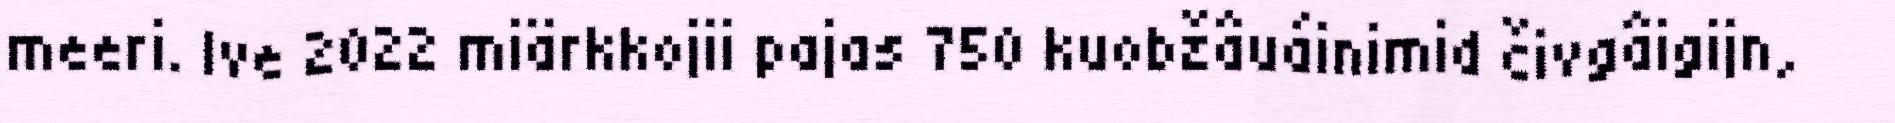
meeri. Ive 2022 miärkkojii pajas 750 kuobžâuáinimid čivgâigijn,